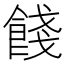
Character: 餞